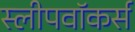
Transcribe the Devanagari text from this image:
स्लीपवॉकर्स